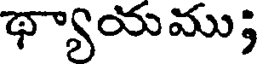
థ్యాయము;